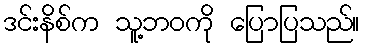
ဒင်းနိစ်က သူ့ဘဝကို ပြောပြသည်။